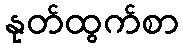
နုတ်ထွက်စာ